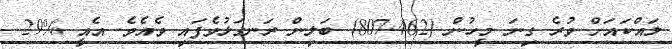
ލައްކައަށް ވުރެ ގިނަ މީހުން (807